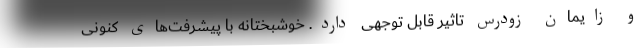
و زایمان زودرس تاثیر قابل توجهی دارد. خوشبختانه با پیشرفت‌های کنونی